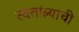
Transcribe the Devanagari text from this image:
स्वतांत्र्याची